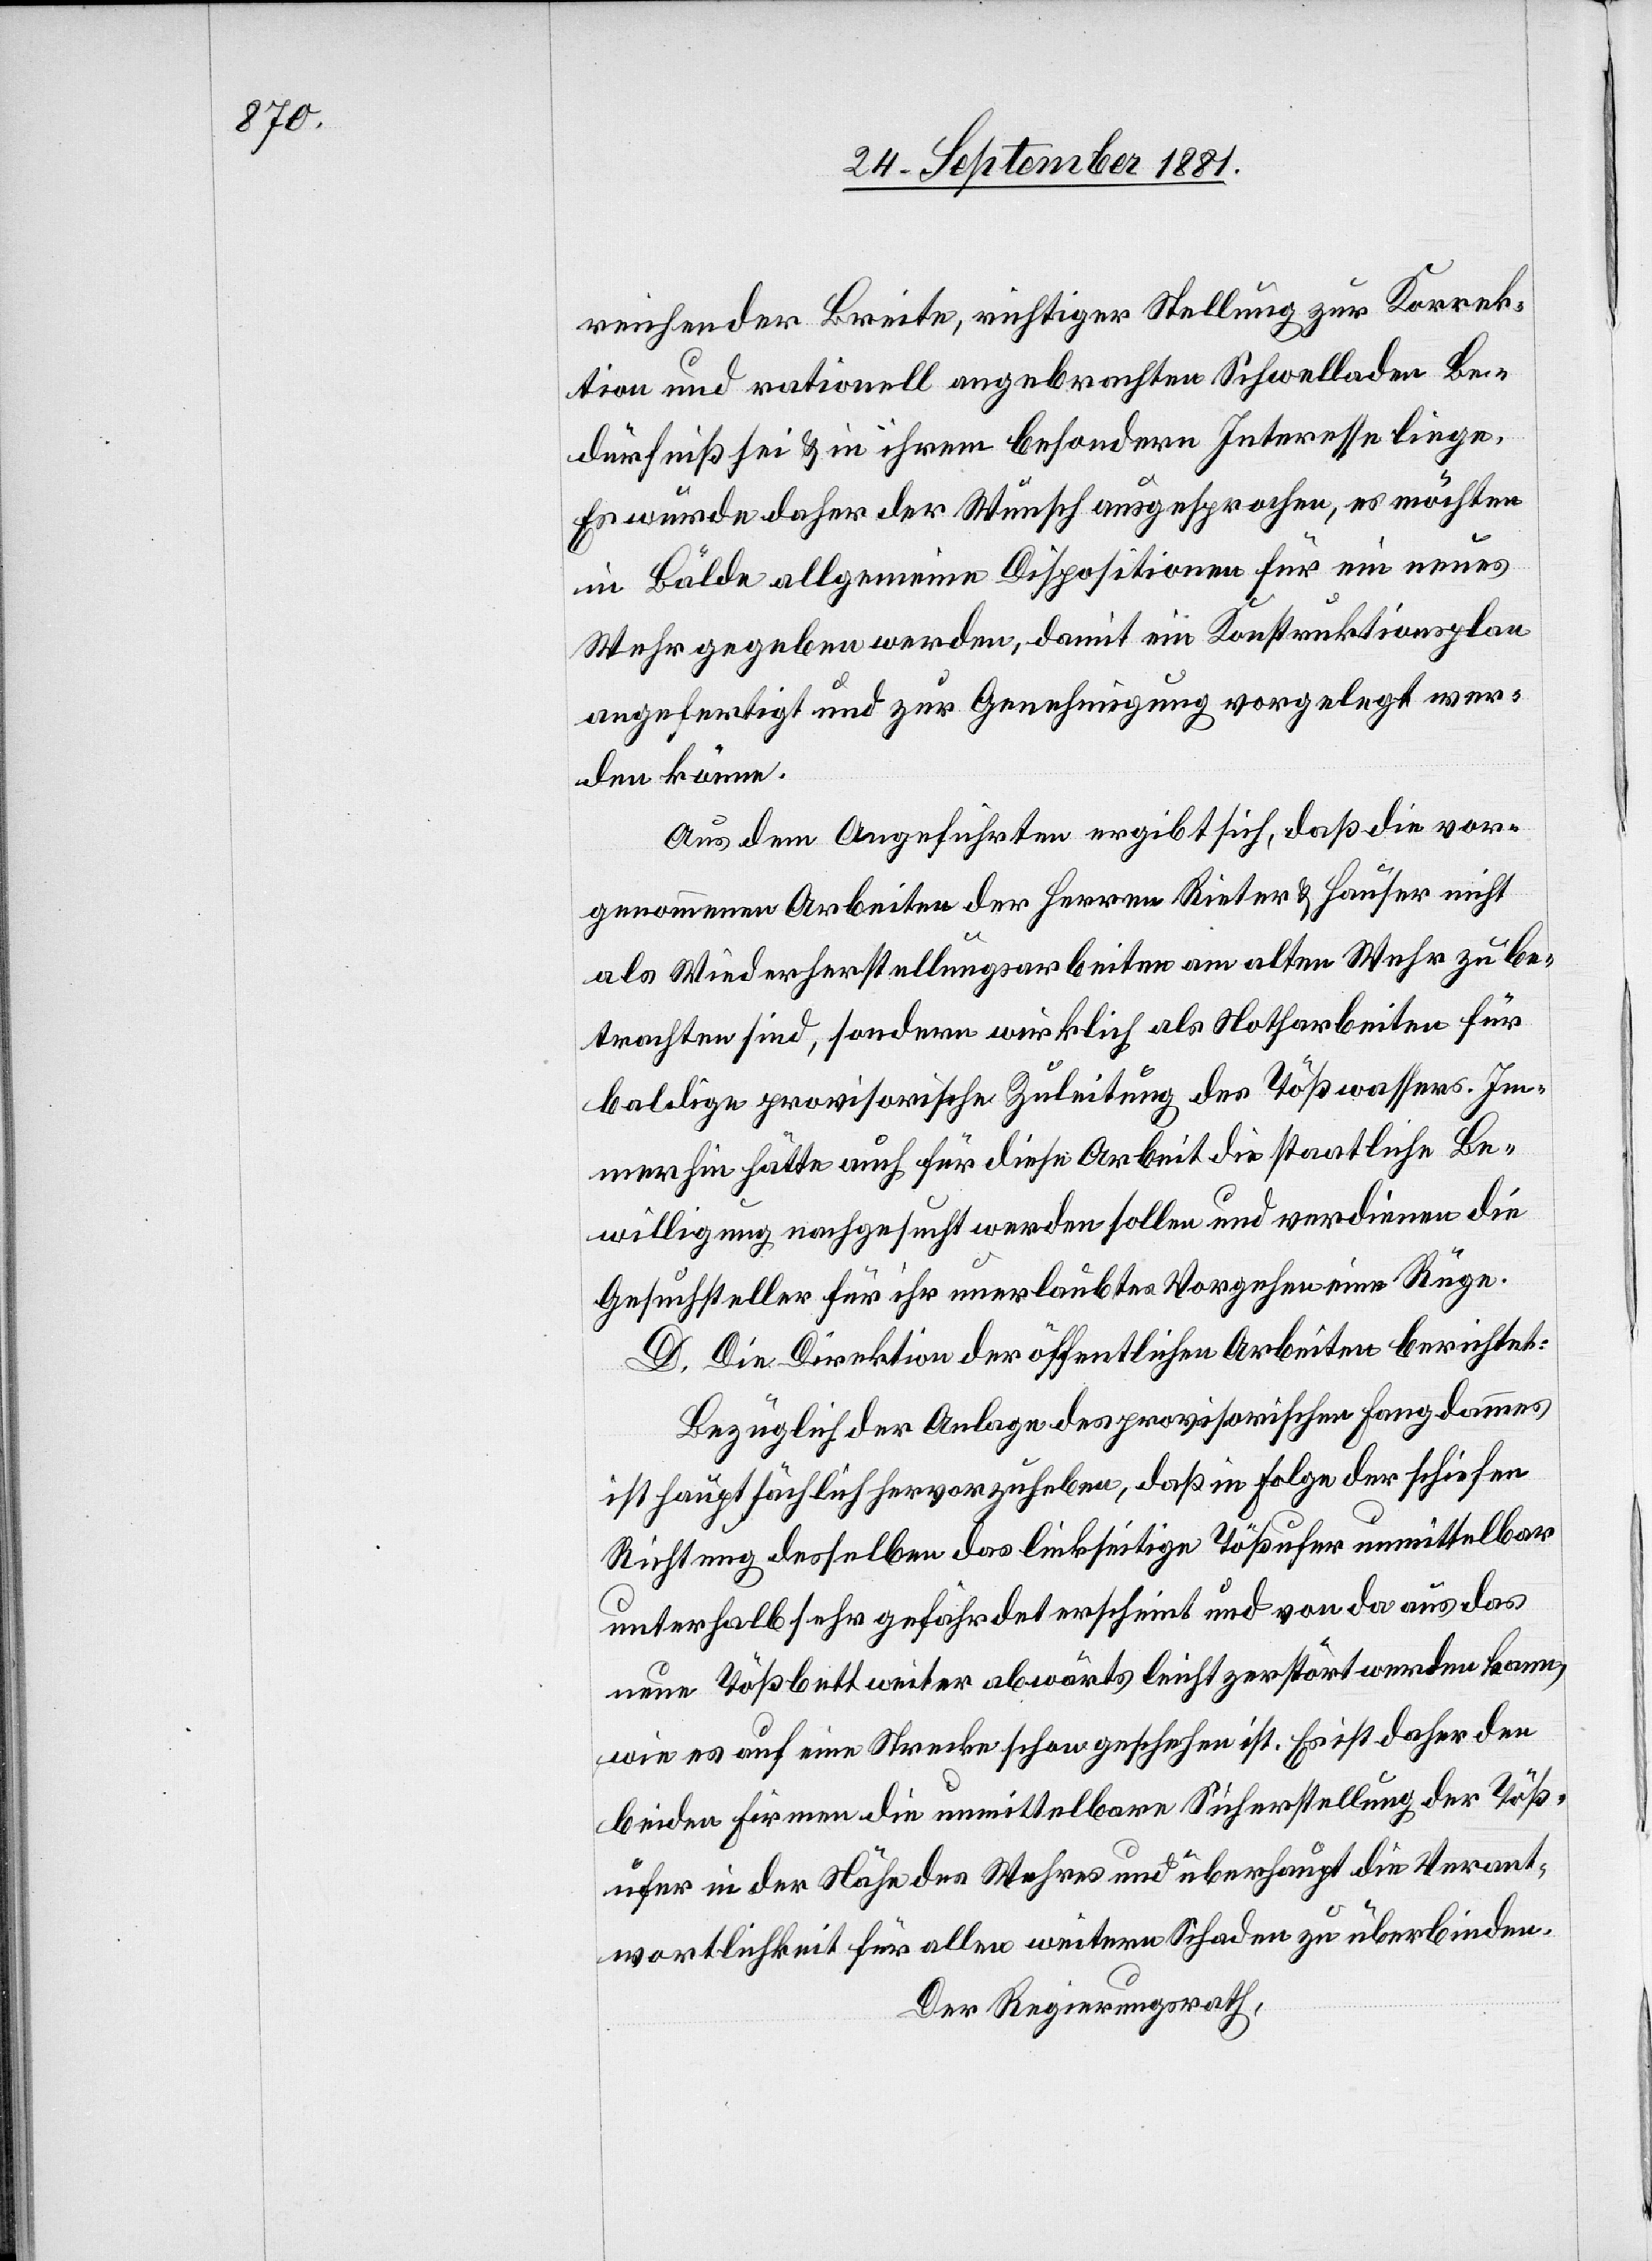
reichender Breite, richtiger Stellung zur Korrek¬
tion und rationell angebrachten Schwelladen Be¬
dürfniß sei & in ihrem besondern Interesse liege.
Es wurde daher der Wunsch ausgesprochen, es möchten
in Bälde allgemeine Dispositionen für ein neues
Wehr gegeben werden, damit ein Konstruktionsplan
angefertigt und zur Genehmigung vorgelegt wer¬
den könne.
Aus dem Angeführten ergibt sich, daß die vor¬
genommenen Arbeiten der Herren Rieter & Hauser nicht
als Wiederherstellungsarbeiten am alten Wehr zu be¬
trachten sind, sondern wirklich als Notharbeiten für
baldige provisorische Zuleitung des Tößwassers. Im¬
merhin hätte auch für diese Arbeit die staatliche Be¬
willigung nachgesucht werden sollen und verdienen die
Gesuchsteller für ihr unerlaubtes Vorgehen eine Rüge.
D. Die Direktion der öffentlichen Arbeiten berichtet:
Bezüglich der Anlage des provisorischen Fangdammes
ist hauptsächlich hervorzuheben, daß in Folge der schiefen
Richtung desselben das linksseitige Tößufer unmittelbar
unterhalb sehr gefährdet erscheint und von da aus das
neue Tößbett weiter abwärts leicht zerstört werden kann,
wie es auf eine[r] Strecke schon geschehen ist. Es ist daher den
beiden Firmen die unmittelbare Sicherstellung der Töß¬
ufer in der Nähe des Wehres und überhaupt die Verant¬
wortlichkeit für allen weitern Schaden zu überbinden.
Der Regierungsrath,